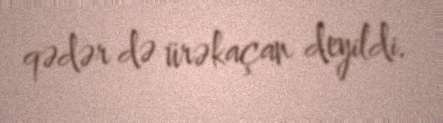
qədər də ürəkaçan deyildi.